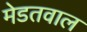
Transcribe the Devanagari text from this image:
मेडतवाल